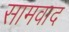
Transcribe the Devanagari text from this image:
सामवाद